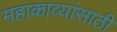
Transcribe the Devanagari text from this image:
महाकाव्यांसाठी